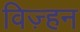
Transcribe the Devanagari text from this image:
विज़्हन